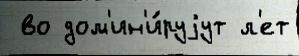
 во дом'ин'и́руjут л'ет